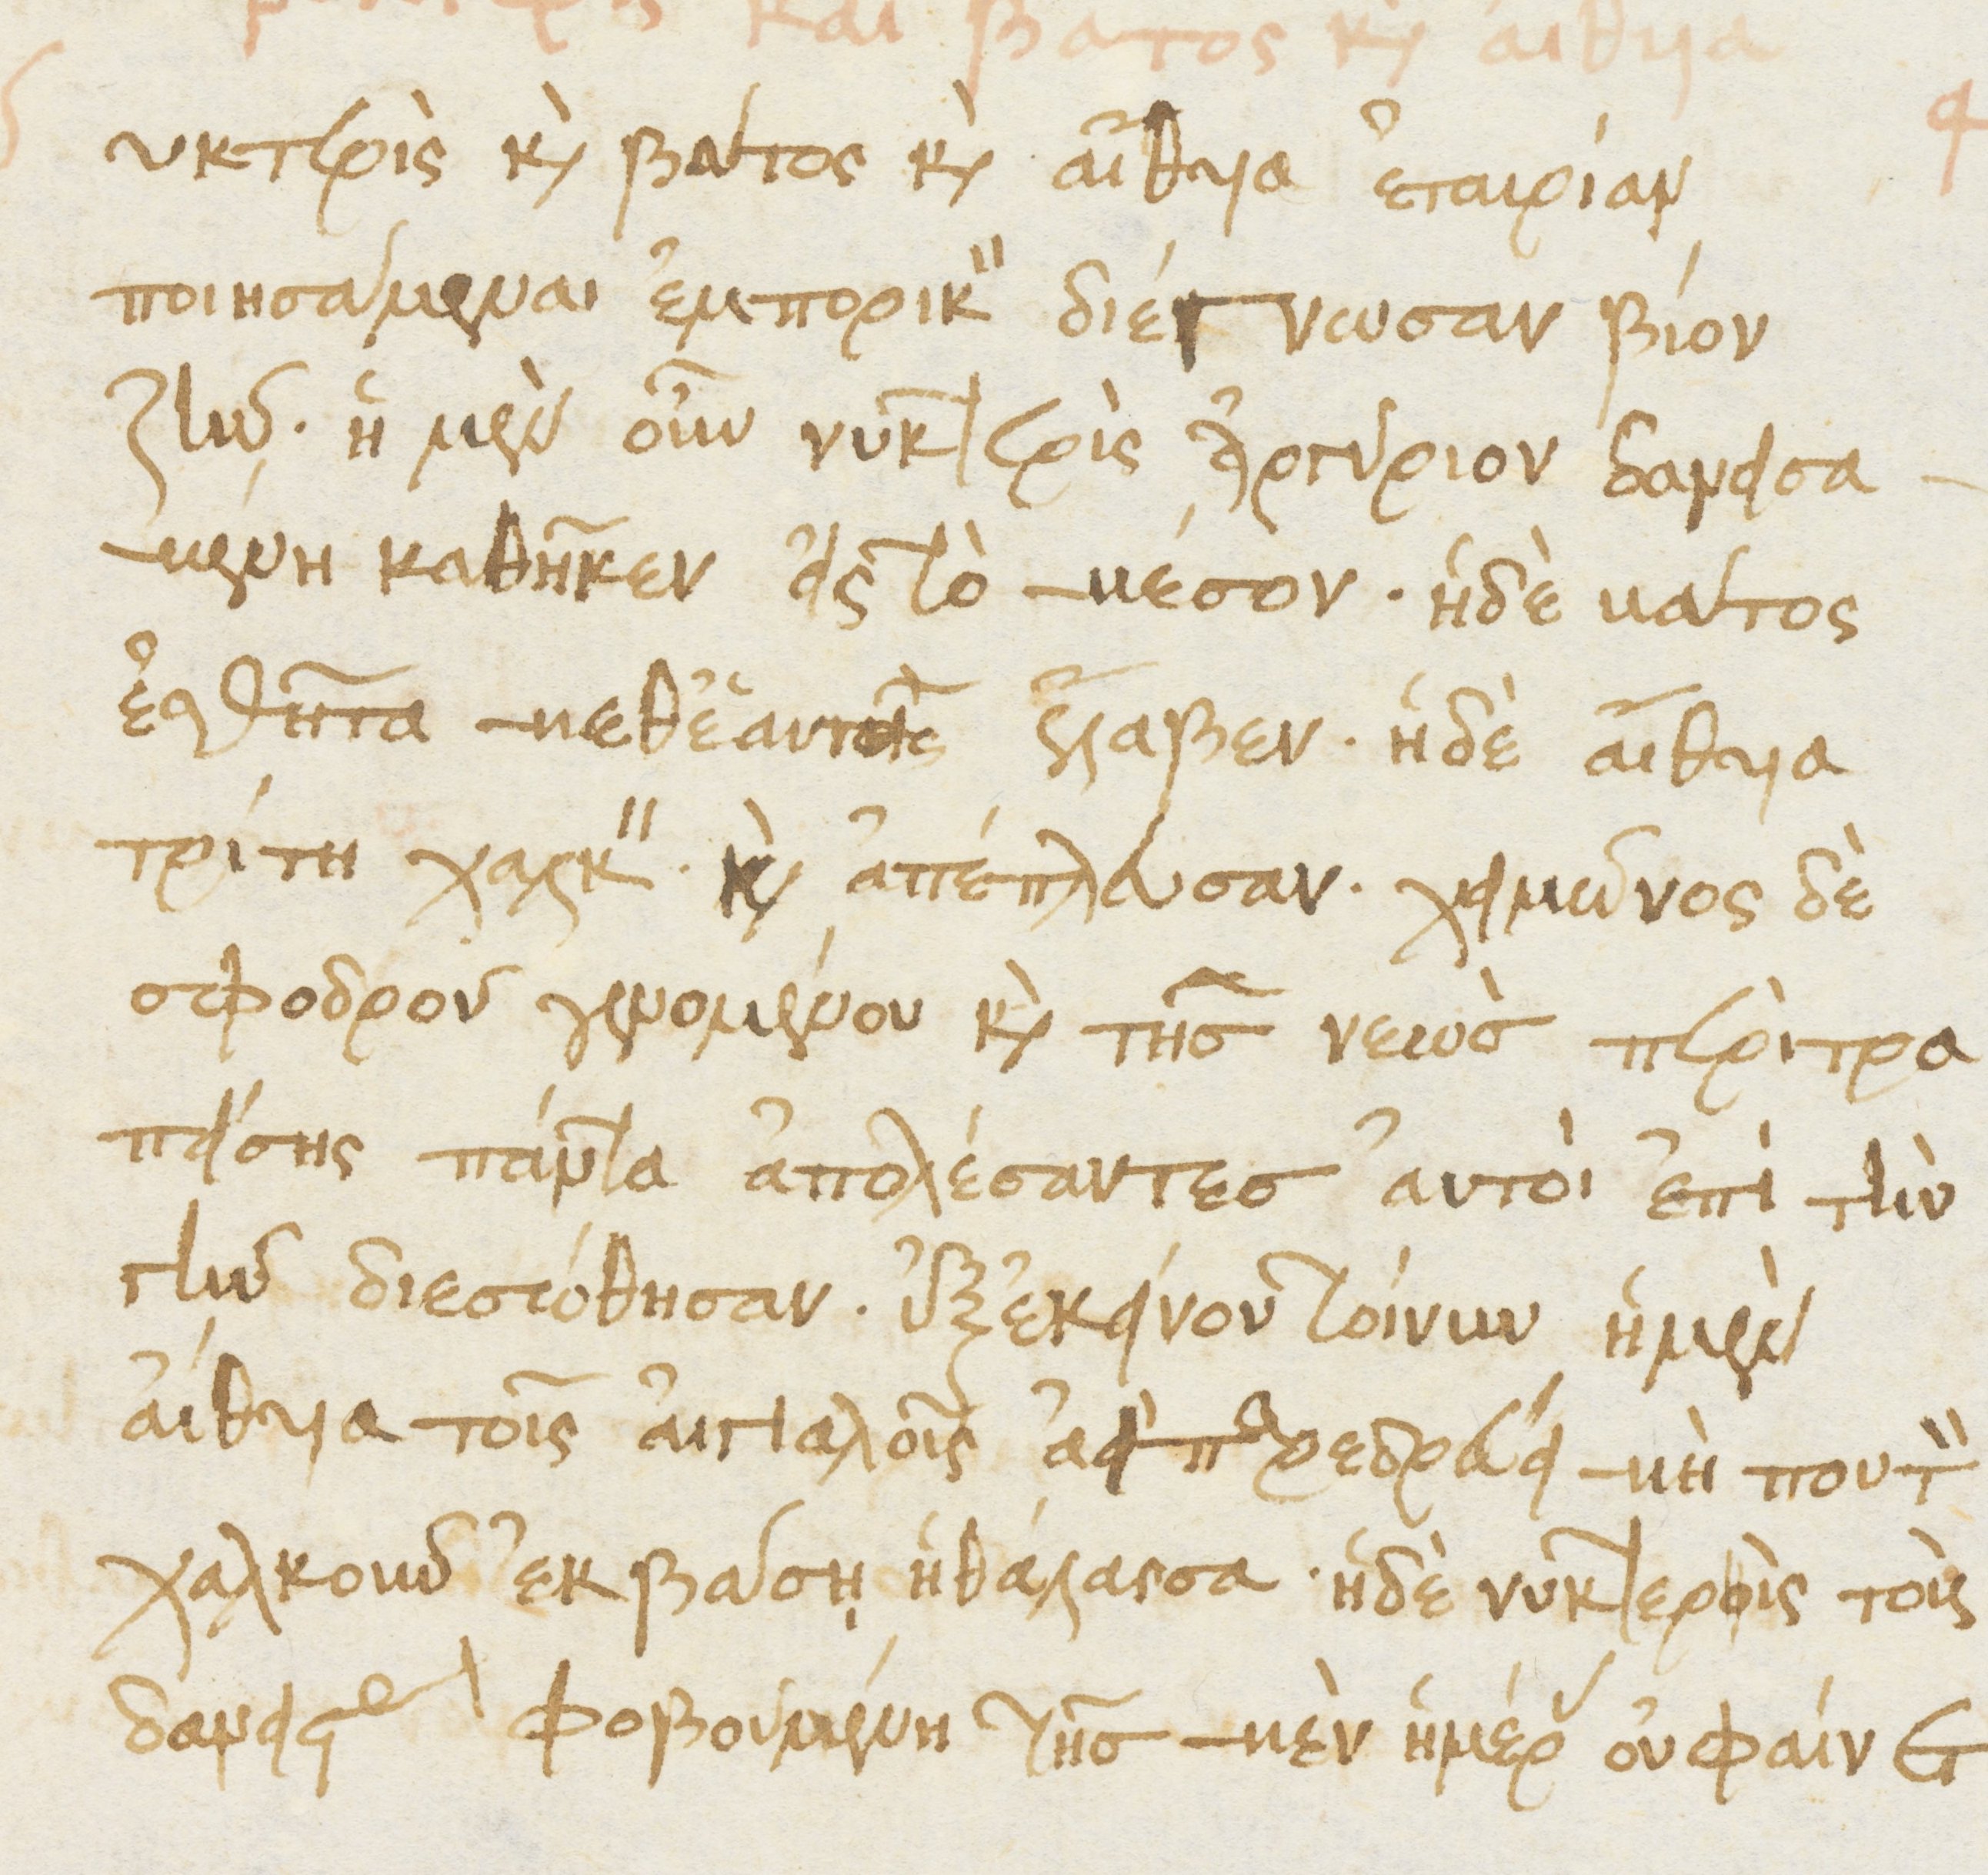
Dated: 1476–1506